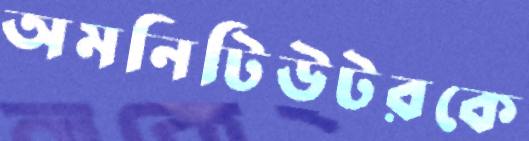
অমনিটিউটরকে